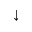
\downarrow